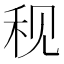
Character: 𫀨